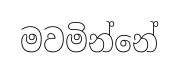
මවමින්නේ